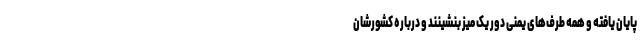
پایان یافته و همه طرف‌های یمنی دور یک میز بنشینند و درباره کشورشان